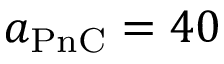
a _ { \mathrm { P n C } } = 4 0